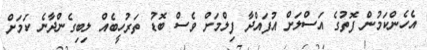
އެހެންކަމުން ފޮތުގެ އަސްލަށް އުފައްދާ ފިލްމަށް ވެސް ބޮޑު ތަރުހީބެއް ލިބިގެންދާނެ ކަމަށް